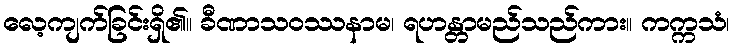
လေ့ကျက်ခြင်းရှိ၏။ ခီဏာသဝဿနာမ၊ ရဟန္တာမည်သည်ကား။ ကက္ကသံ၊